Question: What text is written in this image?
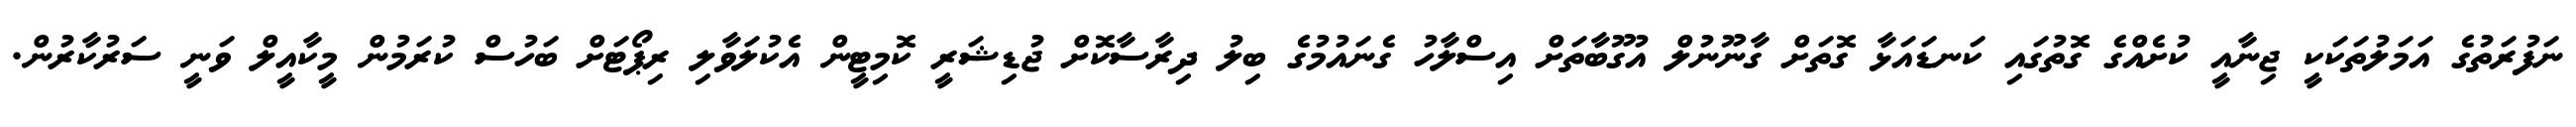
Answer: ނަފުރަތުގެ އަމަލުތަކަކީ ޖިނާއީ ކުށެއްގެ ގޮތުގައި ކަނޑައަޅާ ގޮތަށް ގާނޫނުލް އުގޫބާތަށް އިސްލާހު ގެނައުމުގެ ބިލު ދިރާސާކޮށް ޖުޑިޝަރީ ކޮމިޓީން އެކުލަވާލި ރިޕޯޓަށް ބަހުސް ކުރަމުން މީކާއީލް ވަނީ ސަރުކާރުން.